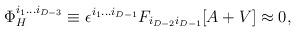
LaTeX: \begin{align*}\Phi^{i_1 ... i_{D-3}}_H \equiv\epsilon^{i_1 ... i_{D-1}}F_{i_{D-2}i_{D-1}}[A+V]\approx 0,\end{align*}